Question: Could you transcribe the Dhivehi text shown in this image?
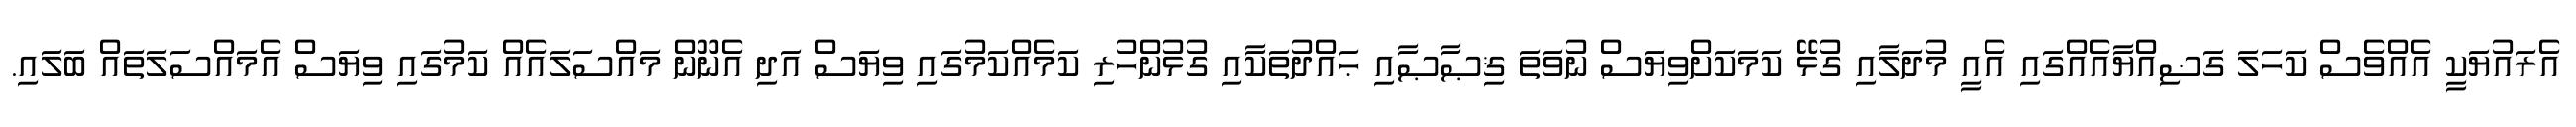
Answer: އެރައުޔަކީ އެއްވެސް ކަހަލަ ގަޟިއްޔާއެއްގައި އެއީ މުދަލާއި ގުޅޭ ކަމަކަށްވިޔަސް ނުވަތަ ޤިޞާޞާއި ޙައްދުތަކާއި ގުޅުންހުރި ކަމެއްކަމުގައި ވިޔަސް އަދި އެނޫން މައްސަލައެއް ކަމުގައި ވިޔަސް އެމައްސަލަތައް ބަލައި.